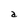
Character: a